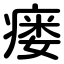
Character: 瘘